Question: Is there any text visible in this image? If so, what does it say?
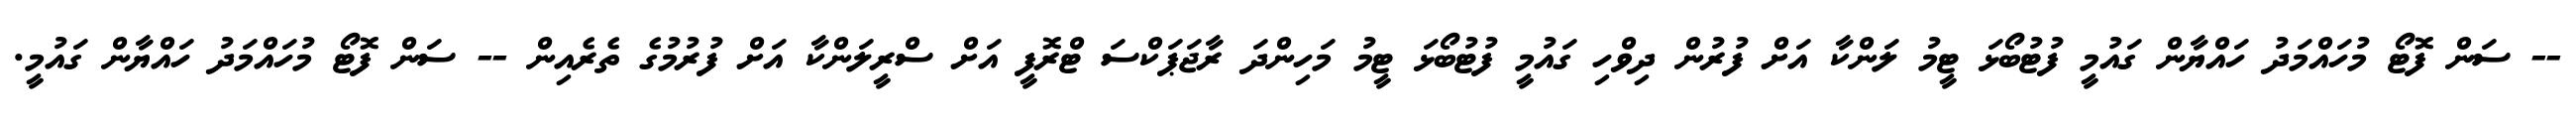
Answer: -- ސަން ފޮޓޯ މުހައްމަދު ހައްޔާން ގައުމީ ފުޓުބޯޅަ ޓީމު ލަންކާ އަށް ފުރުން ދިވްހި ގައުމީ ފުޓުބޯޅަ ޓީމު މަހިންދަ ރާޖަޕަކްސަ ޓްރޮފީ އަށް ސްރީލަންކާ އަށް ފުރުމުގެ ތެރެއިން -- ސަން ފޮޓޯ މުހައްމަދު ހައްޔާން ގައުމީ.